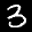
Label: 3